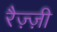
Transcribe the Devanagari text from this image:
रैज़्ज़ी